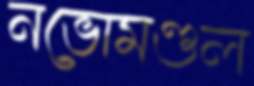
নভোমণ্ডল